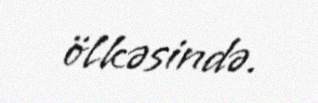
ölkəsində.